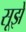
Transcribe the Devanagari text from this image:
सूझे